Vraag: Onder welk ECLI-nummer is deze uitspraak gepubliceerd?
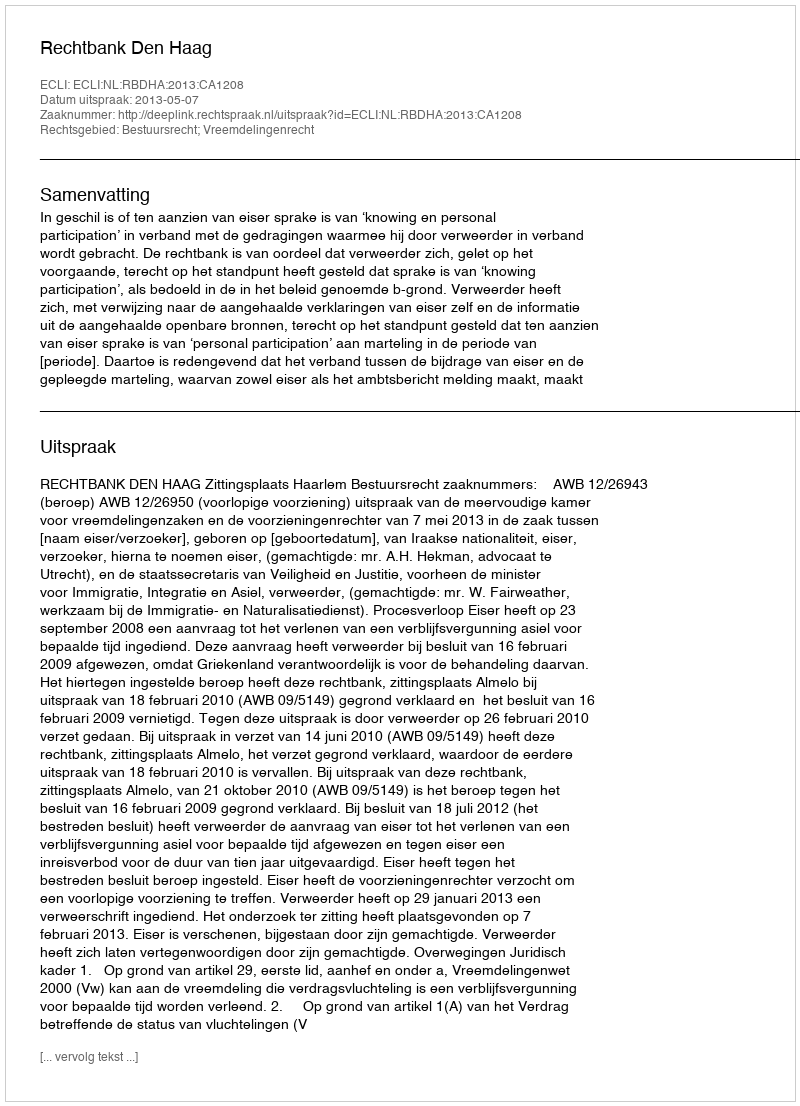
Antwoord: ECLI:NL:RBDHA:2013:CA1208